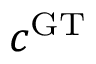
c ^ { \mathrm { G T } }